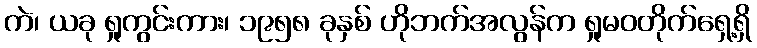
ကဲ၊ ယခု ရှုကွင်းကား၊ ၁၉၅၈ ခုနှစ် ဟိုဘက်အလွန်က ရှုမဝတိုက်ရှေ့ရှိ